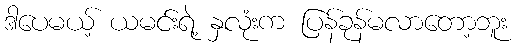
ဒါပေမယ့် ယမင်းရဲ့ နှလုံးက ပြန်ခုန်မလာတော့ဘူး